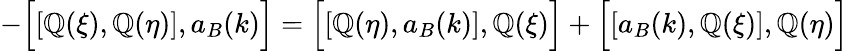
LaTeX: -\Bigl[\left[\mathbb{Q}(\xi),\mathbb{Q}(\eta)\right],a_{B}(k)\Bigr]=\Bigl[\left[\mathbb{Q}(\eta),a_{B}(k)\right],\mathbb{Q}(\xi)\Bigr]+\Bigl[\left[a_{B}(k),\mathbb{Q}(\xi)\right],\mathbb{Q}(\eta)\Bigr]